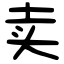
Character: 卖